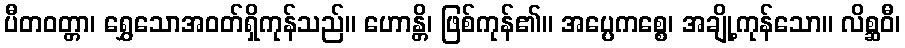
ပီတဝတ္တာ၊ ရွှေသောအဝတ်ရှိကုန်သည်။ ဟောန္တိ၊ ဖြစ်ကုန်၏။ အပ္ပေကစ္စေ၊ အချို့ကုန်သော။ လိစ္ဆဝီ၊